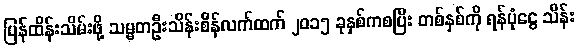
ပြန်ထိန်းသိမ်းဖို့ သမ္မတဦးသိန်းစိန်လက်ထက် ၂၀၁၅ ခုနှစ်ကစပြီး တစ်နှစ်ကို ရန်ပုံငွေ သိန်း